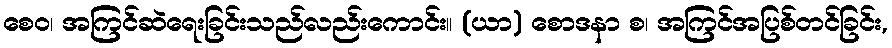
စေဝ၊ အကြင်ဆဲရေးခြင်းသည်လည်းကောင်း။ (ယာ) စောဒနာ စ၊ အကြင်အပြစ်တင်ခြင်း,